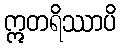
ဣတရိဿာပိ